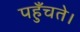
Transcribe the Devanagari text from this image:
पहुँचते।